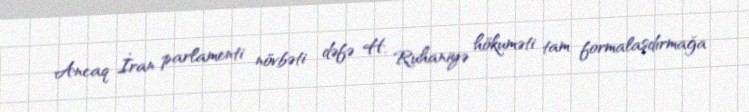
Ancaq İran parlamenti növbəti dəfə H. Ruhaniyə hökuməti tam formalaşdırmağa